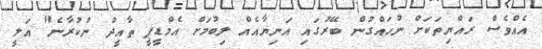
އެއްވެސް ރައްޔިތަކަށް ނުހައްގުން ބޭރުގައި އަނިޔާއެއް ލިބުމަށް އެމްޑީޕީ ތާއީދު ނުކުރާނެ" އަލީ